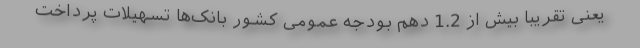
یعنی تقریبا بیش از 1.2 دهم بودجه عمومی کشور بانک‌ها تسهیلات پرداخت